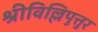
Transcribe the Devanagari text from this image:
श्रीविल्लिपुत्तुर